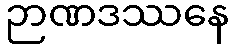
ဉာဏဒဿနေ